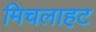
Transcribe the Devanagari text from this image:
मिचलाहट